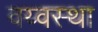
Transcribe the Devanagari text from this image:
वय्वस्था